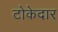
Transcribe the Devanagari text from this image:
टोकेदार